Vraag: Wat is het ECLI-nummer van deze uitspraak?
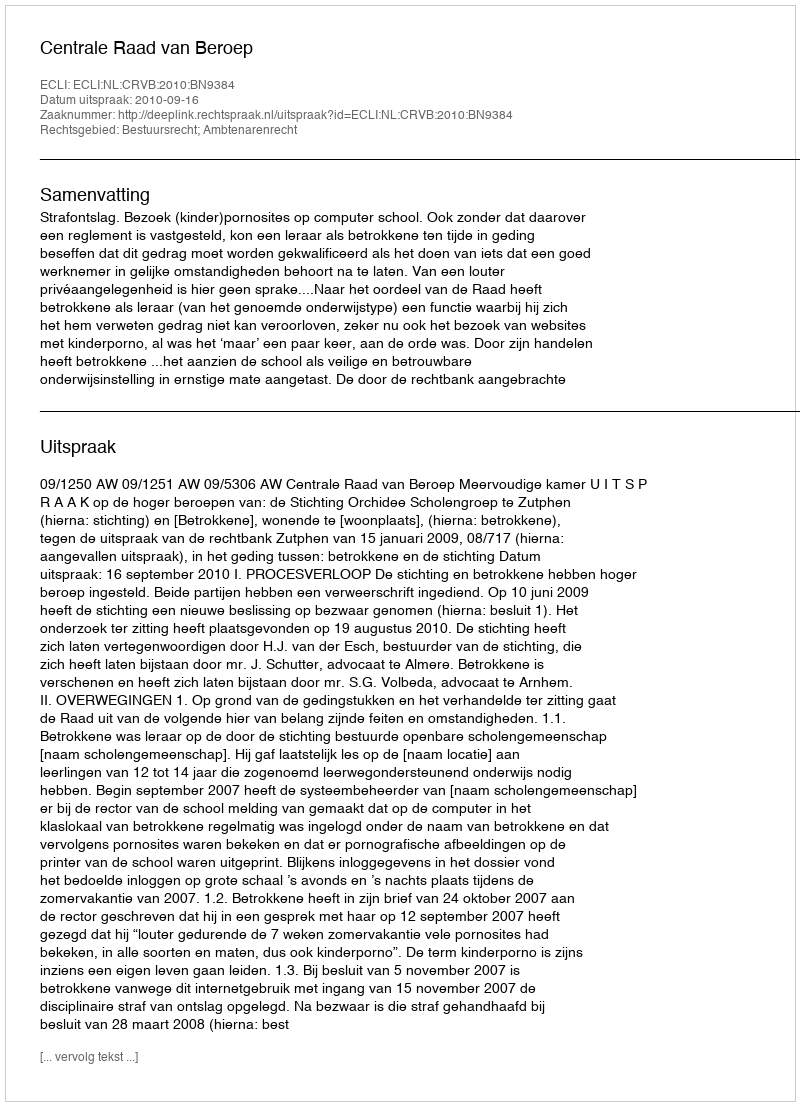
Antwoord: ECLI:NL:CRVB:2010:BN9384